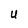
Character: U